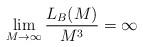
LaTeX: \begin{align*}\lim_{M\to \infty} \frac{L_B(M)}{M^3} = \infty\end{align*}